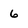
Character: 6